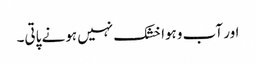
اور آب وہوا خشک نہیں ہونے پاتی۔